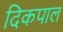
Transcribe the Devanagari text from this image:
दिकपाल